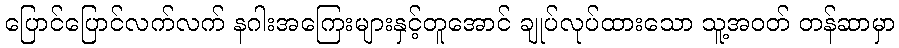
ပြောင်ပြောင်လက်လက် နဂါးအကြေးများနှင့်တူအောင် ချုပ်လုပ်ထားသော သူ့အဝတ် တန်ဆာမှာ